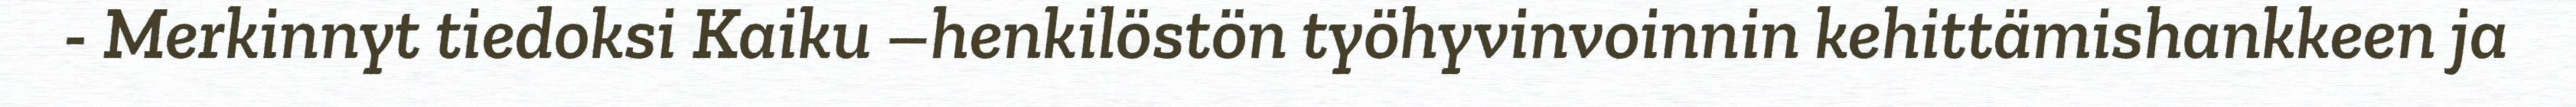
- Merkinnyt tiedoksi Kaiku –henkilöstön työhyvinvoinnin kehittämishankkeen ja